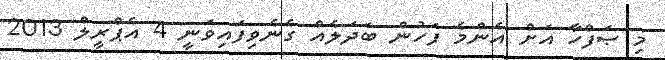
މި ޞަފްހާ އަށް އެންމެ ފަހުން ބަދަލެއް ގެނެވިފައިވަނީ 4 އެޕްރީލް 2013